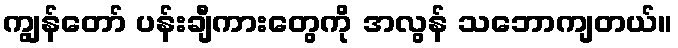
ကျွန်တော် ပန်းချီကားတွေကို အလွန် သဘောကျတယ်။